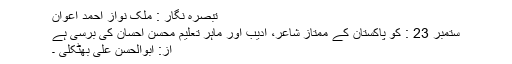
تبصرہ نگار : ملک نواز احمد اعوان
ستمبر 23 : کو پاکستان کے ممتاز شاعر، ادیب اور ماہر تعلیم محسنؔ احسان کی برسی ہے
از: ابوالحسن علی بھٹکلی ۔